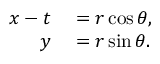
\begin{array} { r l } { x - t } & { { } = r \cos \theta , } \\ { y } & { { } = r \sin \theta . } \end{array}